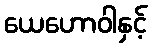
ယေဟောဝါနှင့်